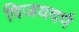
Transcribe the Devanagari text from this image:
विजयदर्प